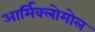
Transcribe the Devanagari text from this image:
आर्मिक्लोमोल